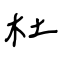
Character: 杜